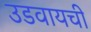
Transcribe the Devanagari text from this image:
उडवायची